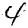
Digit: 4